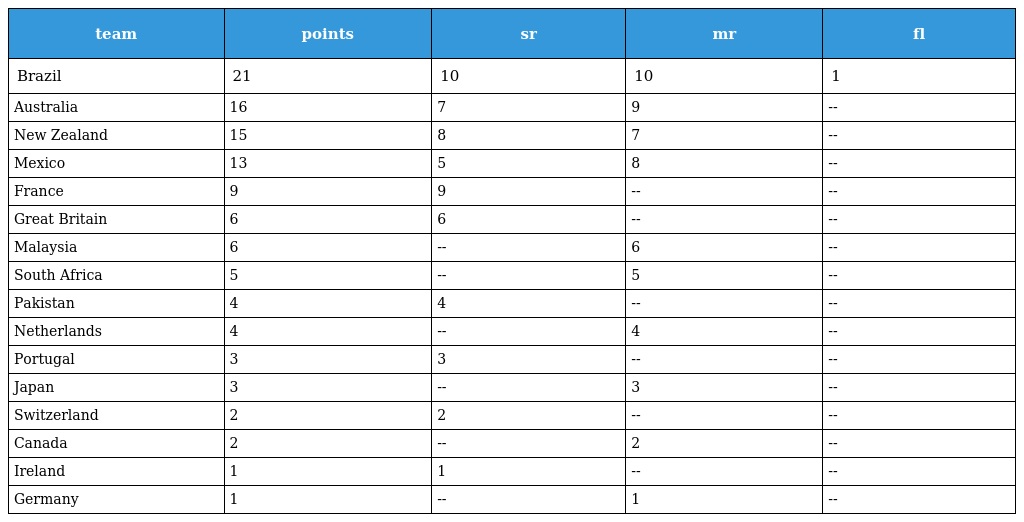
| team | points | sr | mr | fl |
 | --- | --- | --- | --- | --- |
 | Brazil | 21 | 10 | 10 | 1 |
 | Australia | 16 | 7 | 9 | -- |
 | New Zealand | 15 | 8 | 7 | -- |
 | Mexico | 13 | 5 | 8 | -- |
 | France | 9 | 9 | -- | -- |
 | Great Britain | 6 | 6 | -- | -- |
 | Malaysia | 6 | -- | 6 | -- |
 | South Africa | 5 | -- | 5 | -- |
 | Pakistan | 4 | 4 | -- | -- |
 | Netherlands | 4 | -- | 4 | -- |
 | Portugal | 3 | 3 | -- | -- |
 | Japan | 3 | -- | 3 | -- |
 | Switzerland | 2 | 2 | -- | -- |
 | Canada | 2 | -- | 2 | -- |
 | Ireland | 1 | 1 | -- | -- |
 | Germany | 1 | -- | 1 | -- |